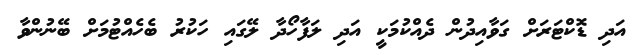
އަދި ޑޮކްޓަރަށް ގަވާއިދުން ދެއްކުމަކީ އަދި ލަފާހޯދާ ލޭގައި ހަކުރު ބެހެއްޓުމަށް ބޭނުންވާ